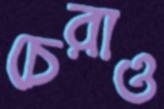
চেরাও